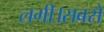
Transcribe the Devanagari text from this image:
लगी।सबसे